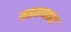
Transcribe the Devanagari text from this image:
मसलव्हाइट